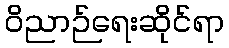
ဝိညာဉ်ရေးဆိုင်ရာ